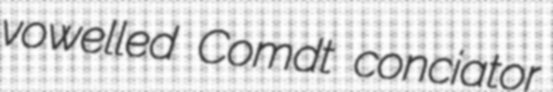
vowelled Comdt conciator